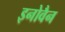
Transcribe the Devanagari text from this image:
इनोवैन